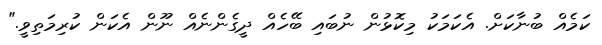
ކަމެއް ބުނާކަށް. އެކަމަކު މިކޮޅުން ނުބައި ބޭހެއް ދީގެންނެއް ނޫން އެކަން ކުރިމަތިވީ."